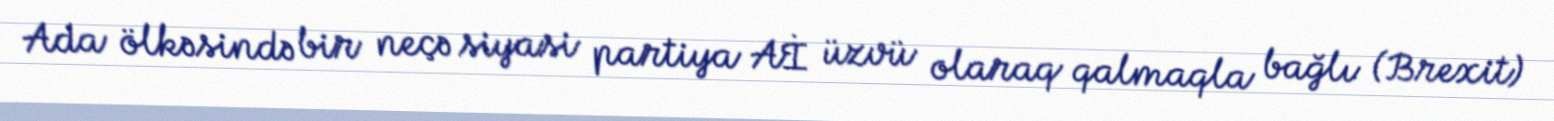
Ada ölkəsində bir neçə siyasi partiya Aİ üzvü olaraq qalmaqla bağlı (Brexit)